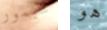
سيمور هو